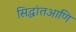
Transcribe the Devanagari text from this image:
सिद्धांतआणि